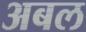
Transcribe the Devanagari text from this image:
अबल